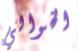
الخوالي